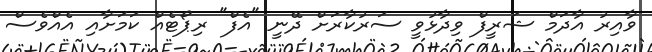
ވާއިރު އާދަމް ޝަރީފް ވިދާޅުވީ ސަރުކާރަށް ދޭނީ "އެފް" ރިޕޯޓެއް ކަމަށާއި އެއްވެސް